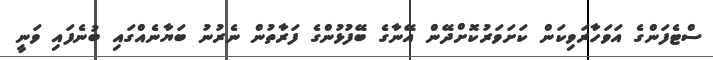
ސްޓެފަންގެ އަވަހާރަވިކަން ކަށަވަރުކޮށްދޭން އޭނާގެ ބޭފުޅުންގެ ފަރާތުން ނެރުނު ބަޔާނެއްގައި ބުނެފައި ވަނީ